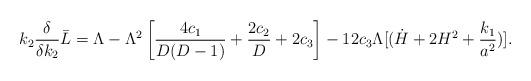
LaTeX: \begin{align*}k_2 {\delta \over \delta k_2} \bar{L} = \Lambda -\Lambda^2 \left [{4c_1 \over D(D-1)} +{2c_2 \over D} +2c_3 \right ] -12c_3 \Lambda [(\dot{H} +2H^2+{k_1 \over a^2}) ] .\end{align*}